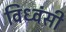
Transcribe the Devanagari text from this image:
विध्वंसी